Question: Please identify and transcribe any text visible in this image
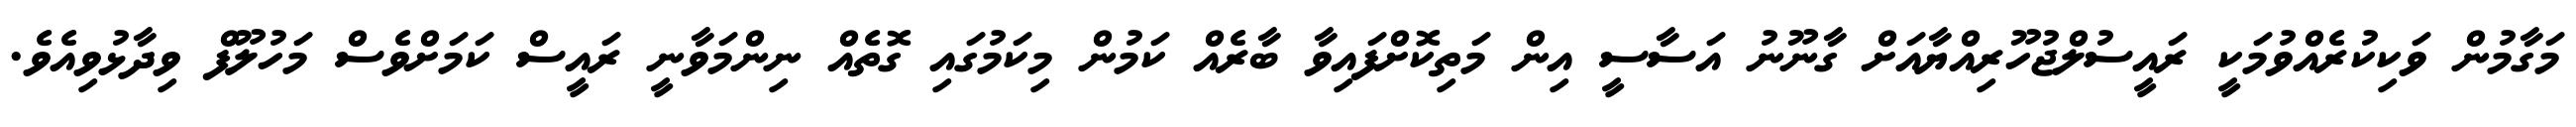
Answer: މަގާމުން ވަކިކުރެއްވުމަކީ ރައީސުލްޖުހޫރިއްޔާއަށް ގާނޫނު އަސާސީ އިން މަތިކޮށްފައިވާ ބާރެއް ކަމުން މިކަމުގައި ގޮތެއް ނިންމަވާނީ ރައީސް ކަމަށްވެސް މަހުލޫފް ވިދާޅުވިއެވެ.